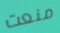
منعت